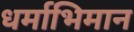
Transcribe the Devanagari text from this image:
धर्माभिमान